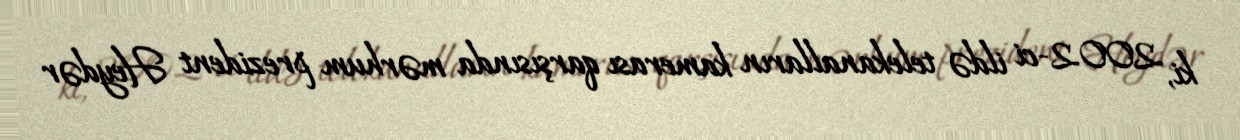
ki, 2002-ci ildə telekanalların kamerası qarşısında mərhum prezident Heydər